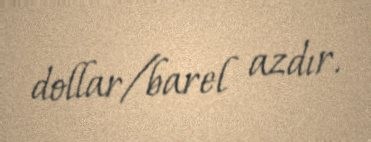
dollar/barel azdır.